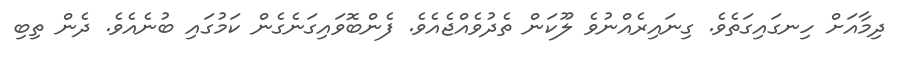
ދިމާއަށް ހިނގައިގަތެވެ. ގިނައިރެއްނުވެ ލޫކަން ތެދުވެއްޖެއެވެ. ފެންބޮވައިގަނެގެން ކަމުގައި ބުނެއެވެ. ދެން ތިބި